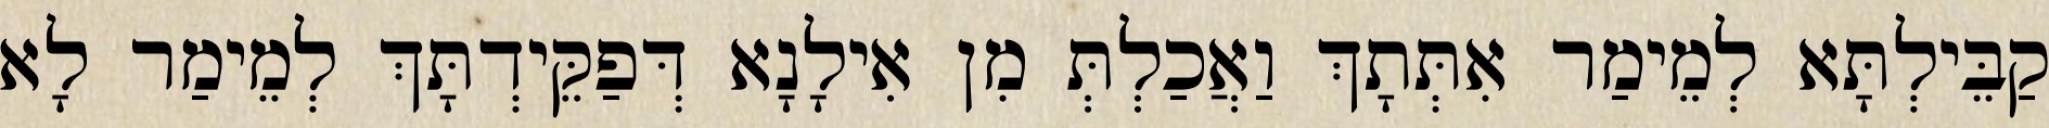
קַבֵּילְתָּא לְמֵימַר אִתְּתָךְ וַאֲכַלְתְּ מִן אִילָנָא דְּפַקֵּידְתָּךְ לְמֵימַר לָא